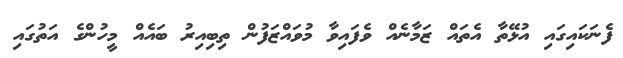
ފެނަކައިގައި އުޅޭތާ އެތައް ޒަމާނެއް ވެފައިވާ މުވައްޒަފުން ތިބިއިރު ބައެއް މީހުންގެ އަތުގައި